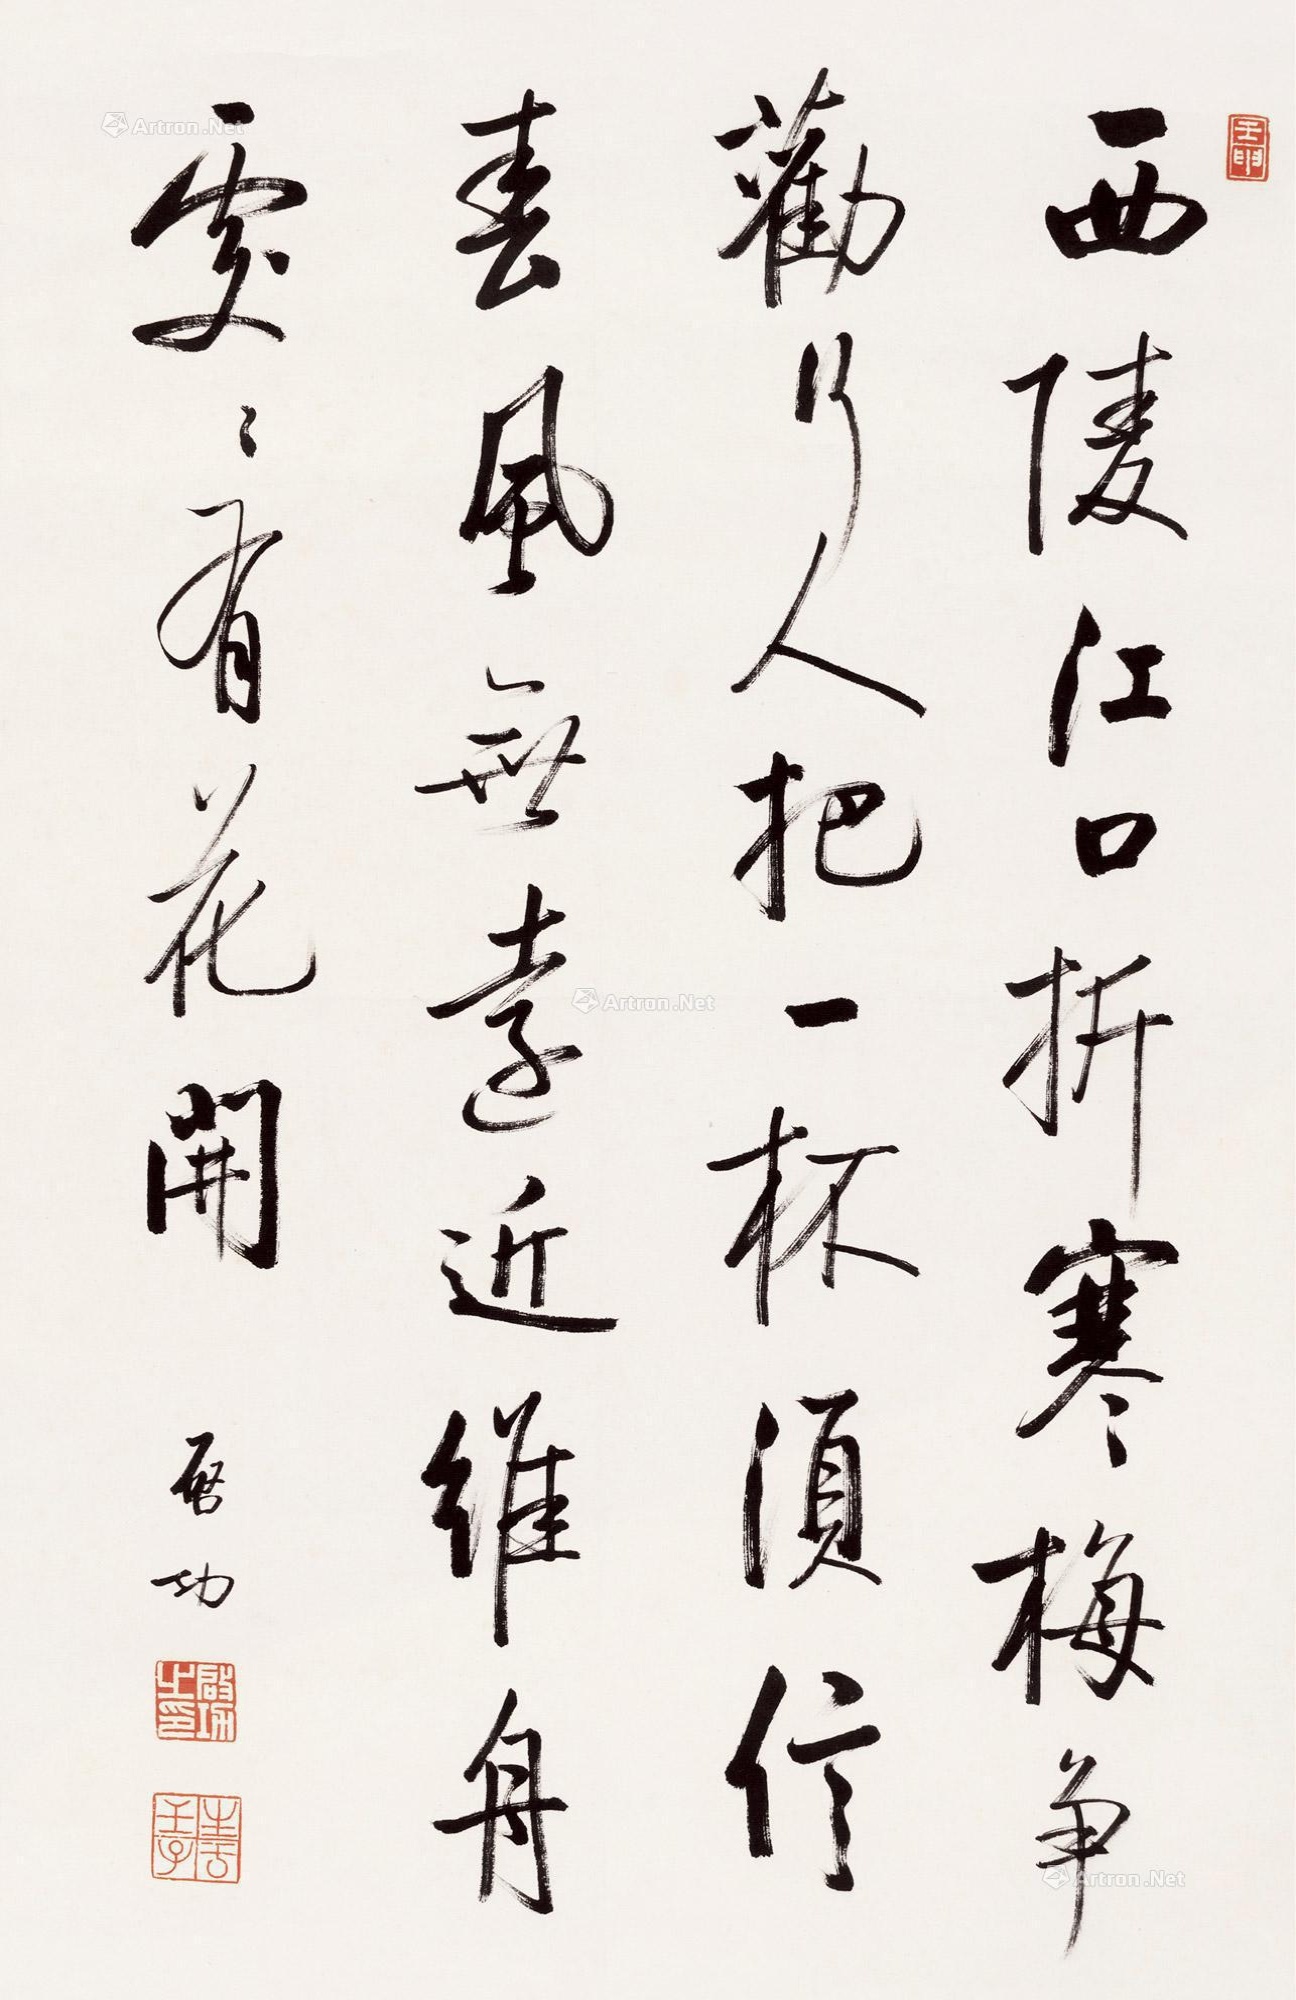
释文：西陵江口折寒梅，争劝行人把一杯。须信春风无远近，维舟处处有花开。启功。